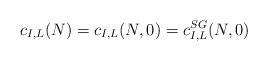
LaTeX: \begin{align*}c_{I,L}(N)=c_{I,L}(N,0)=c_{I,L}^{SG}(N,0)\end{align*}